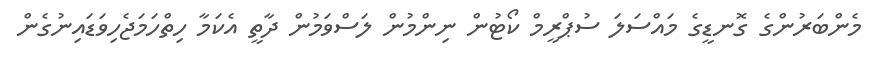
މެންބަރުންގެ ގޮނޑީގެ މައްސަލަ ސުޕްރީމް ކޯޓުން ނިންމުން ލަސްވަމުން ދާތީ އެކަމާ ހިތްހަމަޖެހިވަޑައިނުގެން